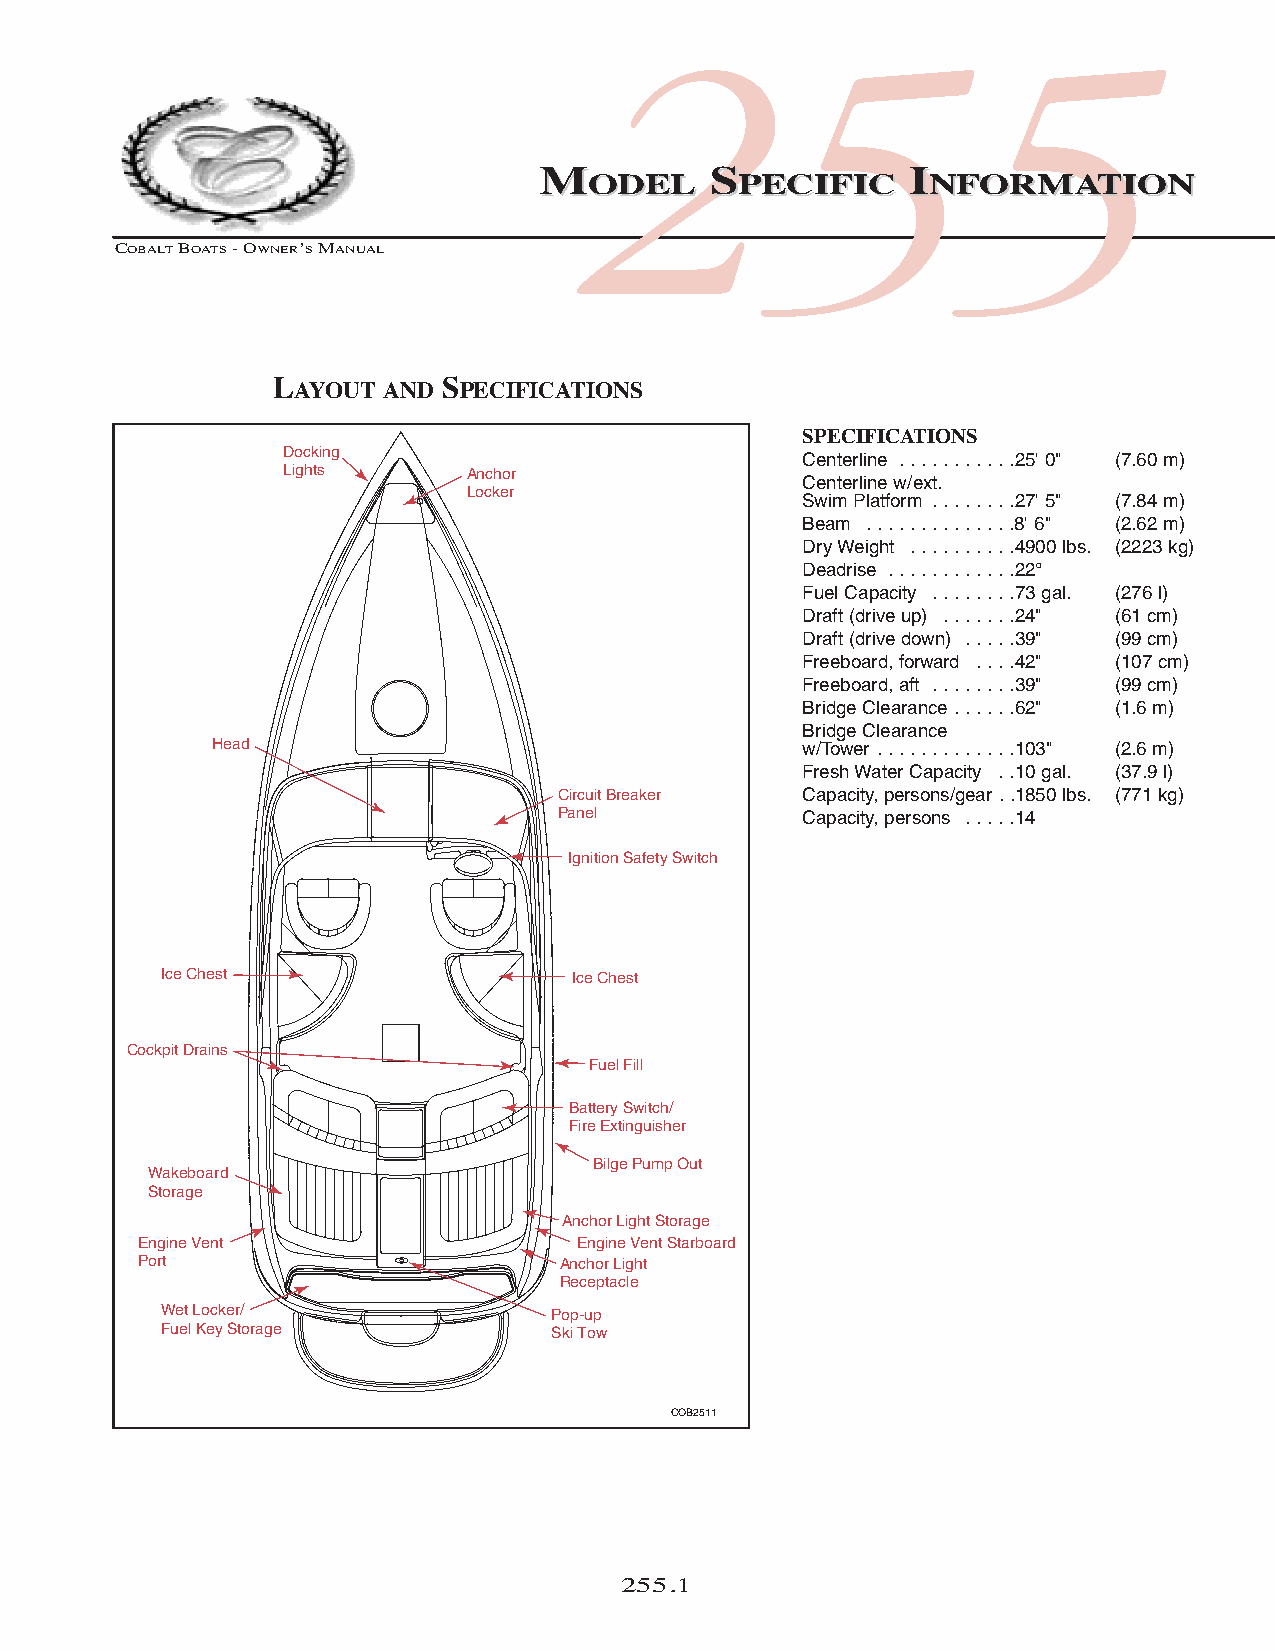
COB_05 Sect 250.qxd 3/18/05 9:27 AM Page 255.1
 255
 MMOODDEELL SSPPEECCIIFFIICC IINNFFOORRMMAATTIIOONN
 COBALTBOATS- OWNER’SMANUAL
 LAYOUT  AND SPECIFICATIONS
 SPECIFICATIONS
 Docking
 Centerline . . . . . . . . . . .25' 0" (7.60 m)
 Lights      Anchor
 Centerline w/ext.
 Locker
 Swim Platform . . . . . . . .27' 5" (7.84 m)
 Beam . . . . . . . . . . . . . .8' 6" (2.62 m)
 Dry Weight . . . . . . . . . .4900 lbs. (2223 kg)
 Deadrise . . . . . . . . . . . .22°
 Fuel Capacity . . . . . . . .73 gal. (276 l)
 Draft (drive up) . . . . . . .24" (61 cm)
 Draft (drive down) . . . . .39" (99 cm)
 Freeboard, forward . . . .42" (107 cm)
 Freeboard, aft . . . . . . . .39" (99 cm)
 Bridge Clearance . . . . . .62" (1.6 m)
 Bridge Clearance
 Head                                    w/Tower . . . . . . . . . . . . .103" (2.6 m)
 Fresh Water Capacity . .10 gal. (37.9 l)
 Circuit Breaker  Capacity, persons/gear . .1850 lbs. (771 kg)
 Panel            Capacity, persons . . . . .14
 Ignition Safety Switch
 Ice Chest                  Ice Chest
 Cockpit Drains
 Fuel Fill
 Battery Switch/
 Fire Extinguisher
 Bilge Pump Out
 Wakeboard
 Storage
 Anchor Light Storage
 Engine Vent                  Engine Vent Starboard
 Port                       Anchor Light
 Receptacle
 Wet Locker/               Pop-up
 Fuel Key Storage          Ski Tow
 COB2511
 255.1